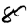
Digit: 8